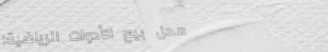
محل بيع الأدوات الرياضية: